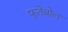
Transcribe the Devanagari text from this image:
फुतेबोल